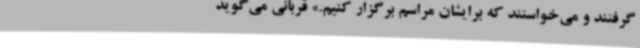
گرفتند و می‌خواستند که برایشان مراسم برگزار کنیم.» قربانی می‌گوید